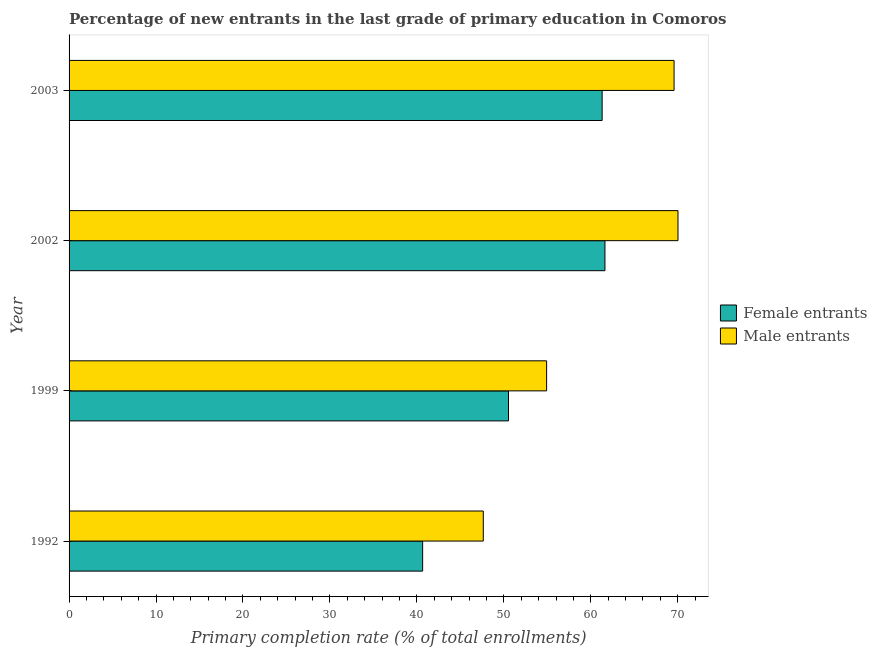
| Year | Female entrants | Male entrants |
 | --- | --- | --- |
 | 1992 | 40.7 | 47.6 |
 | 1999 | 50.5 | 54.9 |
 | 2002 | 61.6 | 70 |
 | 2003 | 61.3 | 69.6 |